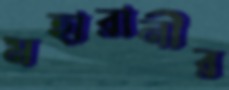
মহারানীর